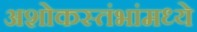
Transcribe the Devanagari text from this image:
अशोकस्तंभांमध्ये